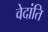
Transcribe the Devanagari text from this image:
वेदांति